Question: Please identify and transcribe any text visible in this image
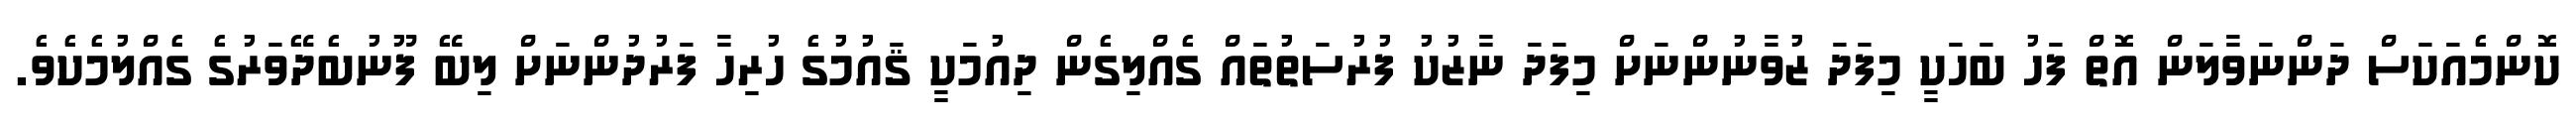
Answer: ކޮންމެއަކަސް ދަންނަވާލަން އޮތް ފަހު ބަހަކީ މިފަދަ ޒުވާނުންނަށް މިފަދަ ނާޒުކު ފުރުސަތުތައް ގެއްލިގެން ދިއުމަކީ ޤައުމުގެ ހުރިހާ ފަރުދުންނަށް ލިބޭ ފޫނުބެދޭވަރުގެ ގެއްލުމެކެވެ.